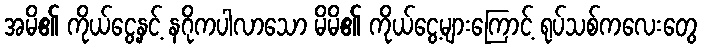
အမိ၏ ကိုယ်ငွေ့နှင့် နဂိုကပါလာသော မိမိ၏ ကိုယ်ငွေ့များကြောင့် ရုပ်သစ်ကလေးတွေ